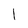
Character: 1